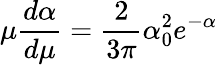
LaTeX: \mu\frac{d\alpha}{d\mu}=\frac{2}{3\pi}\alpha_{0}^{2}e^{-\alpha}